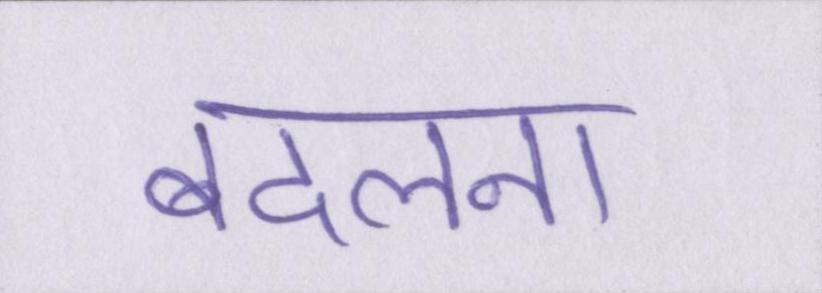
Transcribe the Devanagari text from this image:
बदलना